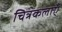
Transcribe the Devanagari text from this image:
चित्रकलाएँ